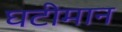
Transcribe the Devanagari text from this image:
घटीमान